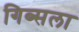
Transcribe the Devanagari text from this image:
गिब्सला